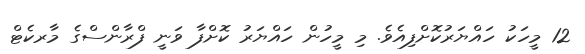
12 މީހަކު ހައްޔަރުކޮށްފިއެވެ. މި މީހުން ހައްޔަރު ކޮށްފާ ވަނީ ފްރާންސްގެ މާރކެޓް